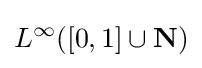
L^{\infty }([0,1]\cup \mathbf {N} )